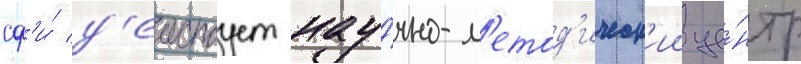
сф'и́ д'еиствует нау́чно-м'етод'ическ'ии це́нтр